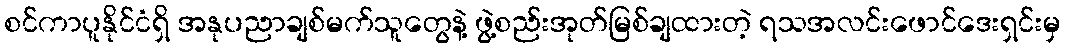
စင်ကာပူနိုင်ငံရှိ အနုပညာချစ်မက်သူတွေနဲ့ ဖွဲ့စည်းအုတ်မြစ်ချထားတဲ့ ရသအလင်းဖောင်ဒေးရှင်းမှ